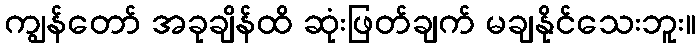
ကျွန်တော် အခုချိန်ထိ ဆုံးဖြတ်ချက် မချနိုင်သေးဘူး။